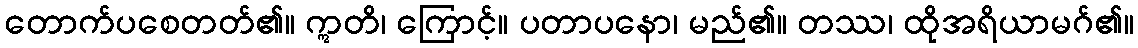
တောက်ပစေတတ်၏။ ဣတိ၊ ကြောင့်။ ပတာပနော၊ မည်၏။ တဿ၊ ထိုအရိယာမဂ်၏။